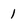
Character: 1